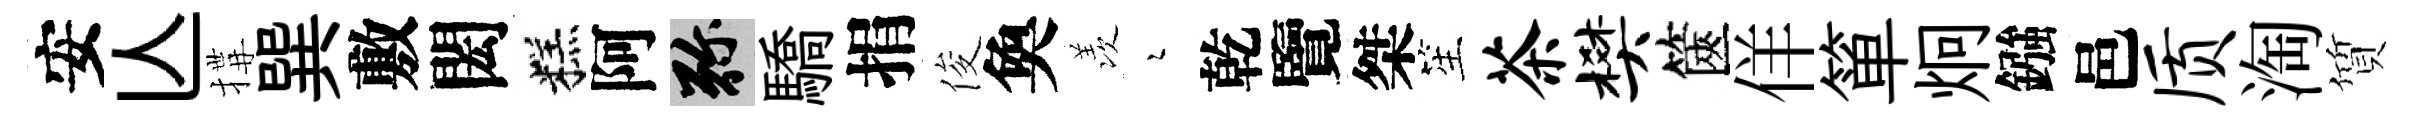
安亾搆巽敷閎糕阿弥驕捐俊奐羡瑟乾覽桀笙茶樊篋佯箪炯鏹邑质淘質